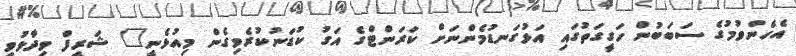
އެހެންވުމުގެ ސަބަބުން ހަގީގަތުގައި އަޅުގަނޑުމެންނަށް ކަރަންޓްގެ އަގު ކުޑަނުކުރެވިގެން މިއުޅެނީ" ޝަރީފް ވިދާޅުވި